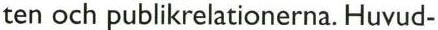
ten och publikrelationerna. Huvud-